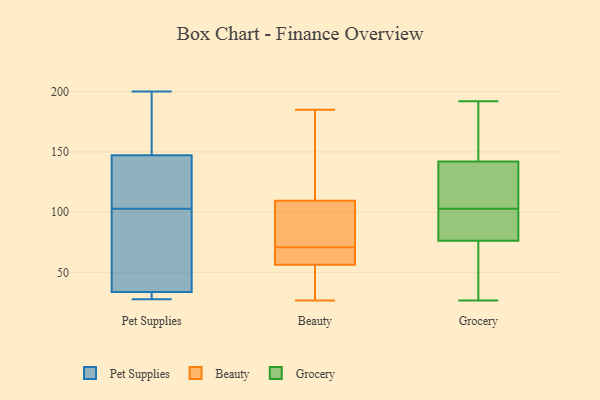
{"axis": {"x": "Energy Usage (MWh)", "y": "Value"}, "legend": ["Beauty", "Grocery", "Pet Supplies"], "data": [{"x": "", "y": 129, "type": "Pet Supplies"}, {"x": "", "y": 31, "type": "Pet Supplies"}, {"x": "", "y": 185, "type": "Pet Supplies"}, {"x": "", "y": 117, "type": "Pet Supplies"}, {"x": "", "y": 154, "type": "Pet Supplies"}, {"x": "", "y": 94, "type": "Pet Supplies"}, {"x": "", "y": 28, "type": "Pet Supplies"}, {"x": "", "y": 30, "type": "Pet Supplies"}, {"x": "", "y": 35, "type": "Pet Supplies"}, {"x": "", "y": 103, "type": "Pet Supplies"}, {"x": "", "y": 36, "type": "Pet Supplies"}, {"x": "", "y": 145, "type": "Pet Supplies"}, {"x": "", "y": 200, "type": "Pet Supplies"}, {"x": "", "y": 141, "type": "Beauty"}, {"x": "", "y": 116, "type": "Beauty"}, {"x": "", "y": 176, "type": "Beauty"}, {"x": "", "y": 121, "type": "Beauty"}, {"x": "", "y": 62, "type": "Beauty"}, {"x": "", "y": 86, "type": "Beauty"}, {"x": "", "y": 53, "type": "Beauty"}, {"x": "", "y": 32, "type": "Beauty"}, {"x": "", "y": 103, "type": "Beauty"}, {"x": "", "y": 49, "type": "Beauty"}, {"x": "", "y": 185, "type": "Beauty"}, {"x": "", "y": 78, "type": "Beauty"}, {"x": "", "y": 29, "type": "Beauty"}, {"x": "", "y": 101, "type": "Beauty"}, {"x": "", "y": 64, "type": "Beauty"}, {"x": "", "y": 60, "type": "Beauty"}, {"x": "", "y": 63, "type": "Beauty"}, {"x": "", "y": 96, "type": "Beauty"}, {"x": "", "y": 27, "type": "Beauty"}, {"x": "", "y": 61, "type": "Beauty"}, {"x": "", "y": 80, "type": "Grocery"}, {"x": "", "y": 66, "type": "Grocery"}, {"x": "", "y": 159, "type": "Grocery"}, {"x": "", "y": 59, "type": "Grocery"}, {"x": "", "y": 142, "type": "Grocery"}, {"x": "", "y": 169, "type": "Grocery"}, {"x": "", "y": 85, "type": "Grocery"}, {"x": "", "y": 98, "type": "Grocery"}, {"x": "", "y": 117, "type": "Grocery"}, {"x": "", "y": 103, "type": "Grocery"}, {"x": "", "y": 93, "type": "Grocery"}, {"x": "", "y": 59, "type": "Grocery"}, {"x": "", "y": 27, "type": "Grocery"}, {"x": "", "y": 192, "type": "Grocery"}, {"x": "", "y": 128, "type": "Grocery"}, {"x": "", "y": 142, "type": "Grocery"}, {"x": "", "y": 112, "type": "Grocery"}]}